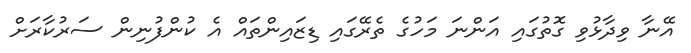
އޭނާ ވިދާޅުވި ގޮތުގައި އަންނަ މަހުގެ ތެރޭގައި ޑިޒައިންތައް އެ ކުންފުނިން ސަރުކާރަށް